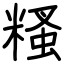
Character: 糔